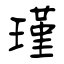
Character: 瑾